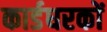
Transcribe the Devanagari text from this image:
कार्डधरकों